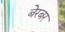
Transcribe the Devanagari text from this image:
बेरबर